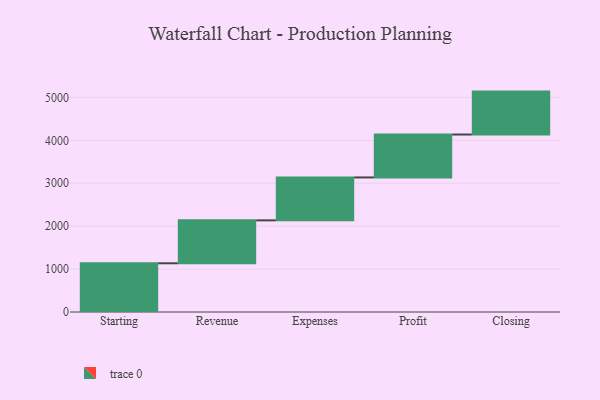
{"axis": {"x": "Step", "y": "Value"}, "legend": [""], "data": [{"x": "Starting", "y": 1135.0, "type": ""}, {"x": "Revenue", "y": 1000, "type": ""}, {"x": "Expenses", "y": 1000, "type": ""}, {"x": "Profit", "y": 1000, "type": ""}, {"x": "Closing", "y": 1000, "type": ""}]}